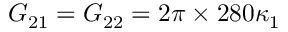
G _ { 2 1 } = G _ { 2 2 } = 2 \pi \times 2 8 0 \kappa _ { 1 }